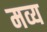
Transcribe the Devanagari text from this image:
मव्य